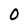
Character: 0